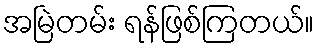
အမြဲတမ်း ရန်ဖြစ်ကြတယ်။